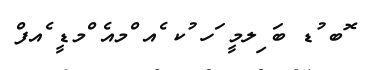
ޮބ ުޑ ބަ ިލމީ ަހ ުކ ެއ ްމއެ ްމޑީ ެއފް